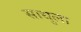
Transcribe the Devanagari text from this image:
साधुला